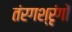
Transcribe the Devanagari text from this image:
तंरगश्रृंगों